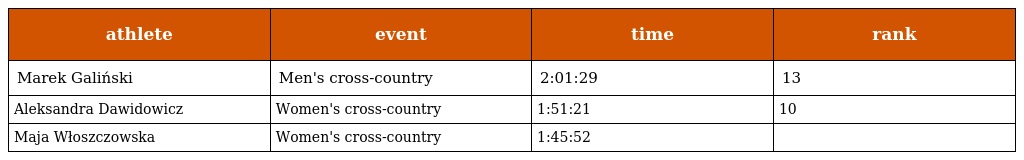
| athlete | event | time | rank |
 | --- | --- | --- | --- |
 | Marek Galiński | Men's cross-country | 2:01:29 | 13 |
 | Aleksandra Dawidowicz | Women's cross-country | 1:51:21 | 10 |
 | Maja Włoszczowska | Women's cross-country | 1:45:52 |  |